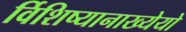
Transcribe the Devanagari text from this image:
र्विशिष्यानाख्येयो